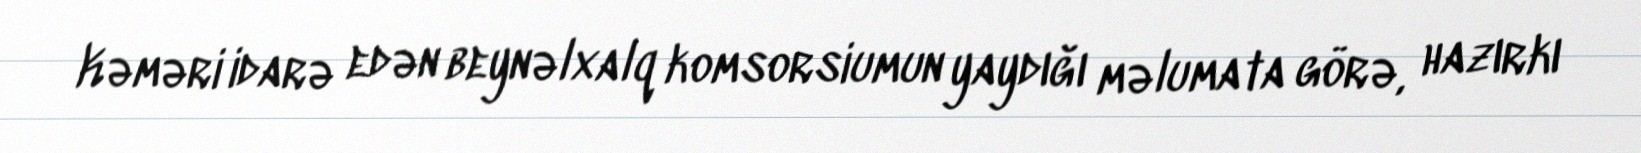
Kəməri idarə edən beynəlxalq komsorsiumun yaydığı məlumata görə, hazırkı